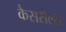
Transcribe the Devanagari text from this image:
कैसरोल्स